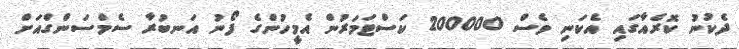
ދެކުނު ކޮރެއާގައި އެކަނި ވެސް 200000 ކަސްޓަމަރުން އެމީހުންގެ ފޯނު އަނބުރާ ސެމްސަންގްއަށް